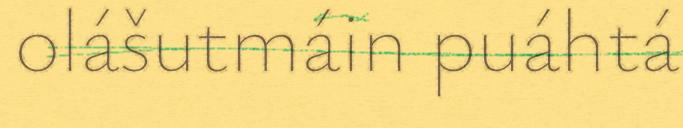
olášutmáin puáhtá